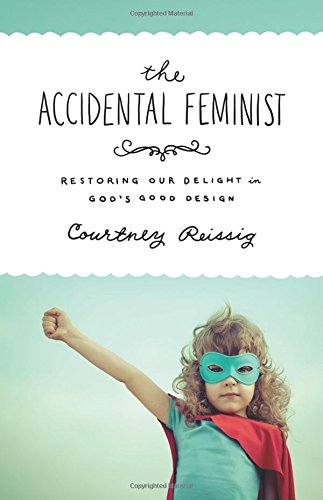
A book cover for The Accidental Feminist: Restoring Our Delight in God's Good Design; Courtney Reissig; Christian Books & Bibles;